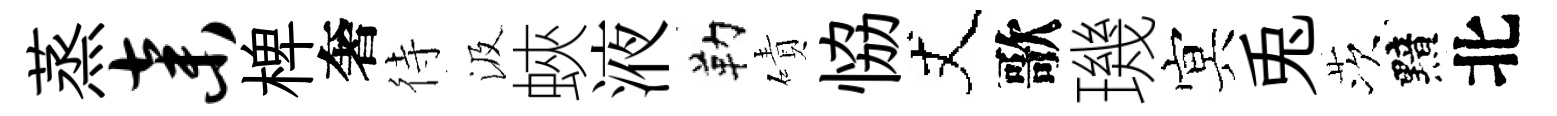
蒸弃椑奢待汲蛺液勒磧恊丈歌璣㝠兎茨黯北